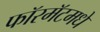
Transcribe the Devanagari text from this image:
फॉरमॅटमधे